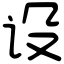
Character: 设